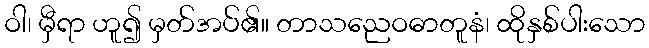
ဝါ၊ မှီရာ ဟူ၍ မှတ်အပ်၏။ တာသညေဝဓာတူနံ၊ ထိုနှစ်ပါးသော